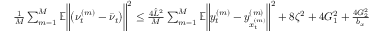
\begin{array} { r } { \frac { 1 } { M } \sum _ { m = 1 } ^ { M } \mathbb { E } \bigg \| \big ( \nu _ { t } ^ { ( m ) } - \bar { \nu } _ { t } \big ) \bigg \| ^ { 2 } \leq \frac { 4 \hat { L } ^ { 2 } } { M } \sum _ { m = 1 } ^ { M } \mathbb { E } \bigg \| y _ { t } ^ { ( m ) } - y _ { x _ { t } ^ { ( m ) } } ^ { ( m ) } \bigg \| ^ { 2 } + 8 \zeta ^ { 2 } + 4 G _ { 1 } ^ { 2 } + \frac { 4 G _ { 2 } ^ { 2 } } { b _ { x } } } \end{array}